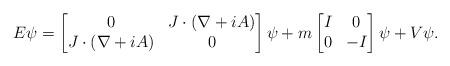
LaTeX: \begin{align*}E \psi = \begin{bmatrix} 0 & J \cdot (\nabla + i A)\\J \cdot (\nabla + i A) & 0\end{bmatrix} \psi + m\begin{bmatrix}I & 0 \\0 & -I\end{bmatrix}\psi + V \psi. \end{align*}